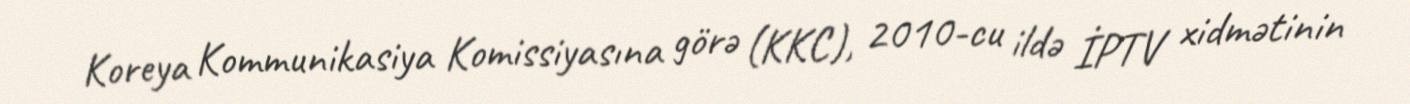
Koreya Kommunikasiya Komissiyasına görə (KKC), 2010-cu ildə İPTV xidmətinin